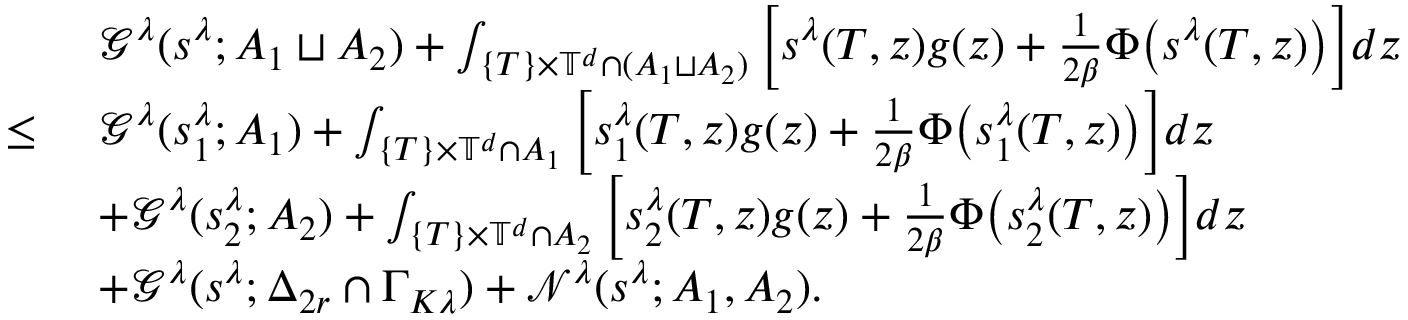
\begin{array} { r l } & { \ \mathcal { G } ^ { \lambda } ( s ^ { \lambda } ; A _ { 1 } \sqcup A _ { 2 } ) + \int _ { \{ T \} \times \mathbb { T } ^ { d } \cap ( A _ { 1 } \sqcup A _ { 2 } ) } \Big [ s ^ { \lambda } ( T , z ) g ( z ) + \frac { 1 } { 2 \beta } \Phi \big ( s ^ { \lambda } ( T , z ) \big ) \Big ] d z } \\ { \leq } & { \ \mathcal { G } ^ { \lambda } ( s _ { 1 } ^ { \lambda } ; A _ { 1 } ) + \int _ { \{ T \} \times \mathbb { T } ^ { d } \cap A _ { 1 } } \Big [ s _ { 1 } ^ { \lambda } ( T , z ) g ( z ) + \frac { 1 } { 2 \beta } \Phi \big ( s _ { 1 } ^ { \lambda } ( T , z ) \big ) \Big ] d z } \\ & { \ + \mathcal { G } ^ { \lambda } ( s _ { 2 } ^ { \lambda } ; A _ { 2 } ) + \int _ { \{ T \} \times \mathbb { T } ^ { d } \cap A _ { 2 } } \Big [ s _ { 2 } ^ { \lambda } ( T , z ) g ( z ) + \frac { 1 } { 2 \beta } \Phi \big ( s _ { 2 } ^ { \lambda } ( T , z ) \big ) \Big ] d z } \\ & { \ + \mathcal { G } ^ { \lambda } ( s ^ { \lambda } ; { \Delta } _ { 2 r } \cap \Gamma _ { K \lambda } ) + \mathcal { N } ^ { \lambda } ( s ^ { \lambda } ; A _ { 1 } , A _ { 2 } ) . } \end{array}